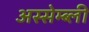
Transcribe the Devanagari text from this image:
अस्सेम्ब्ली